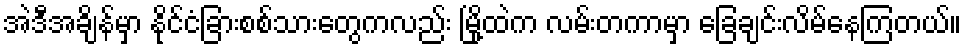
အဲဒီအချိန်မှာ နိုင်ငံခြားစစ်သားတွေကလည်း မြို့ထဲက လမ်းတကာမှာ ခြေချင်းလိမ်နေကြတယ်။